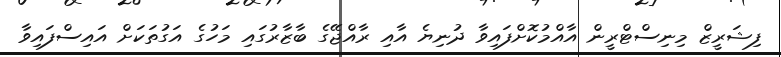
ފިޝަރީޒް މިނިސްޓްރީން އާއްމުކޮށްފައިވާ ދުނިޔެ އާއި ރާއްޖޭގެ ބާޒާރުގައި މަހުގެ އަގުތަކަށް އައިސްފައިވާ